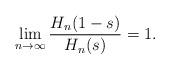
LaTeX: \begin{align*}\lim_{n\rightarrow \infty}\frac{H_n(1-s)}{H_n(s)}=1.\end{align*}